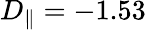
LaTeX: D_{\parallel}=-1.53